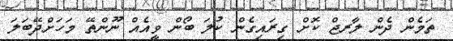
ތަމެން ދެން ލާރޖް ކޮށް ގިރައިގެން ކުލަ ބޯން ވީއެއް ނޫންތޭ މަހަށްދޭބަލަ